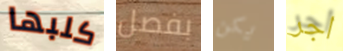
كلبها بفصل يكن اجر